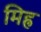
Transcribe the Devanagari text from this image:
मिह्र